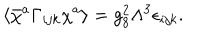
\langle \bar { \chi } ^ { a } \Gamma _ { i j k } \chi ^ { a } \rangle = g _ { 8 } ^ { 2 } \Lambda ^ { 3 } \epsilon _ { i j k } .